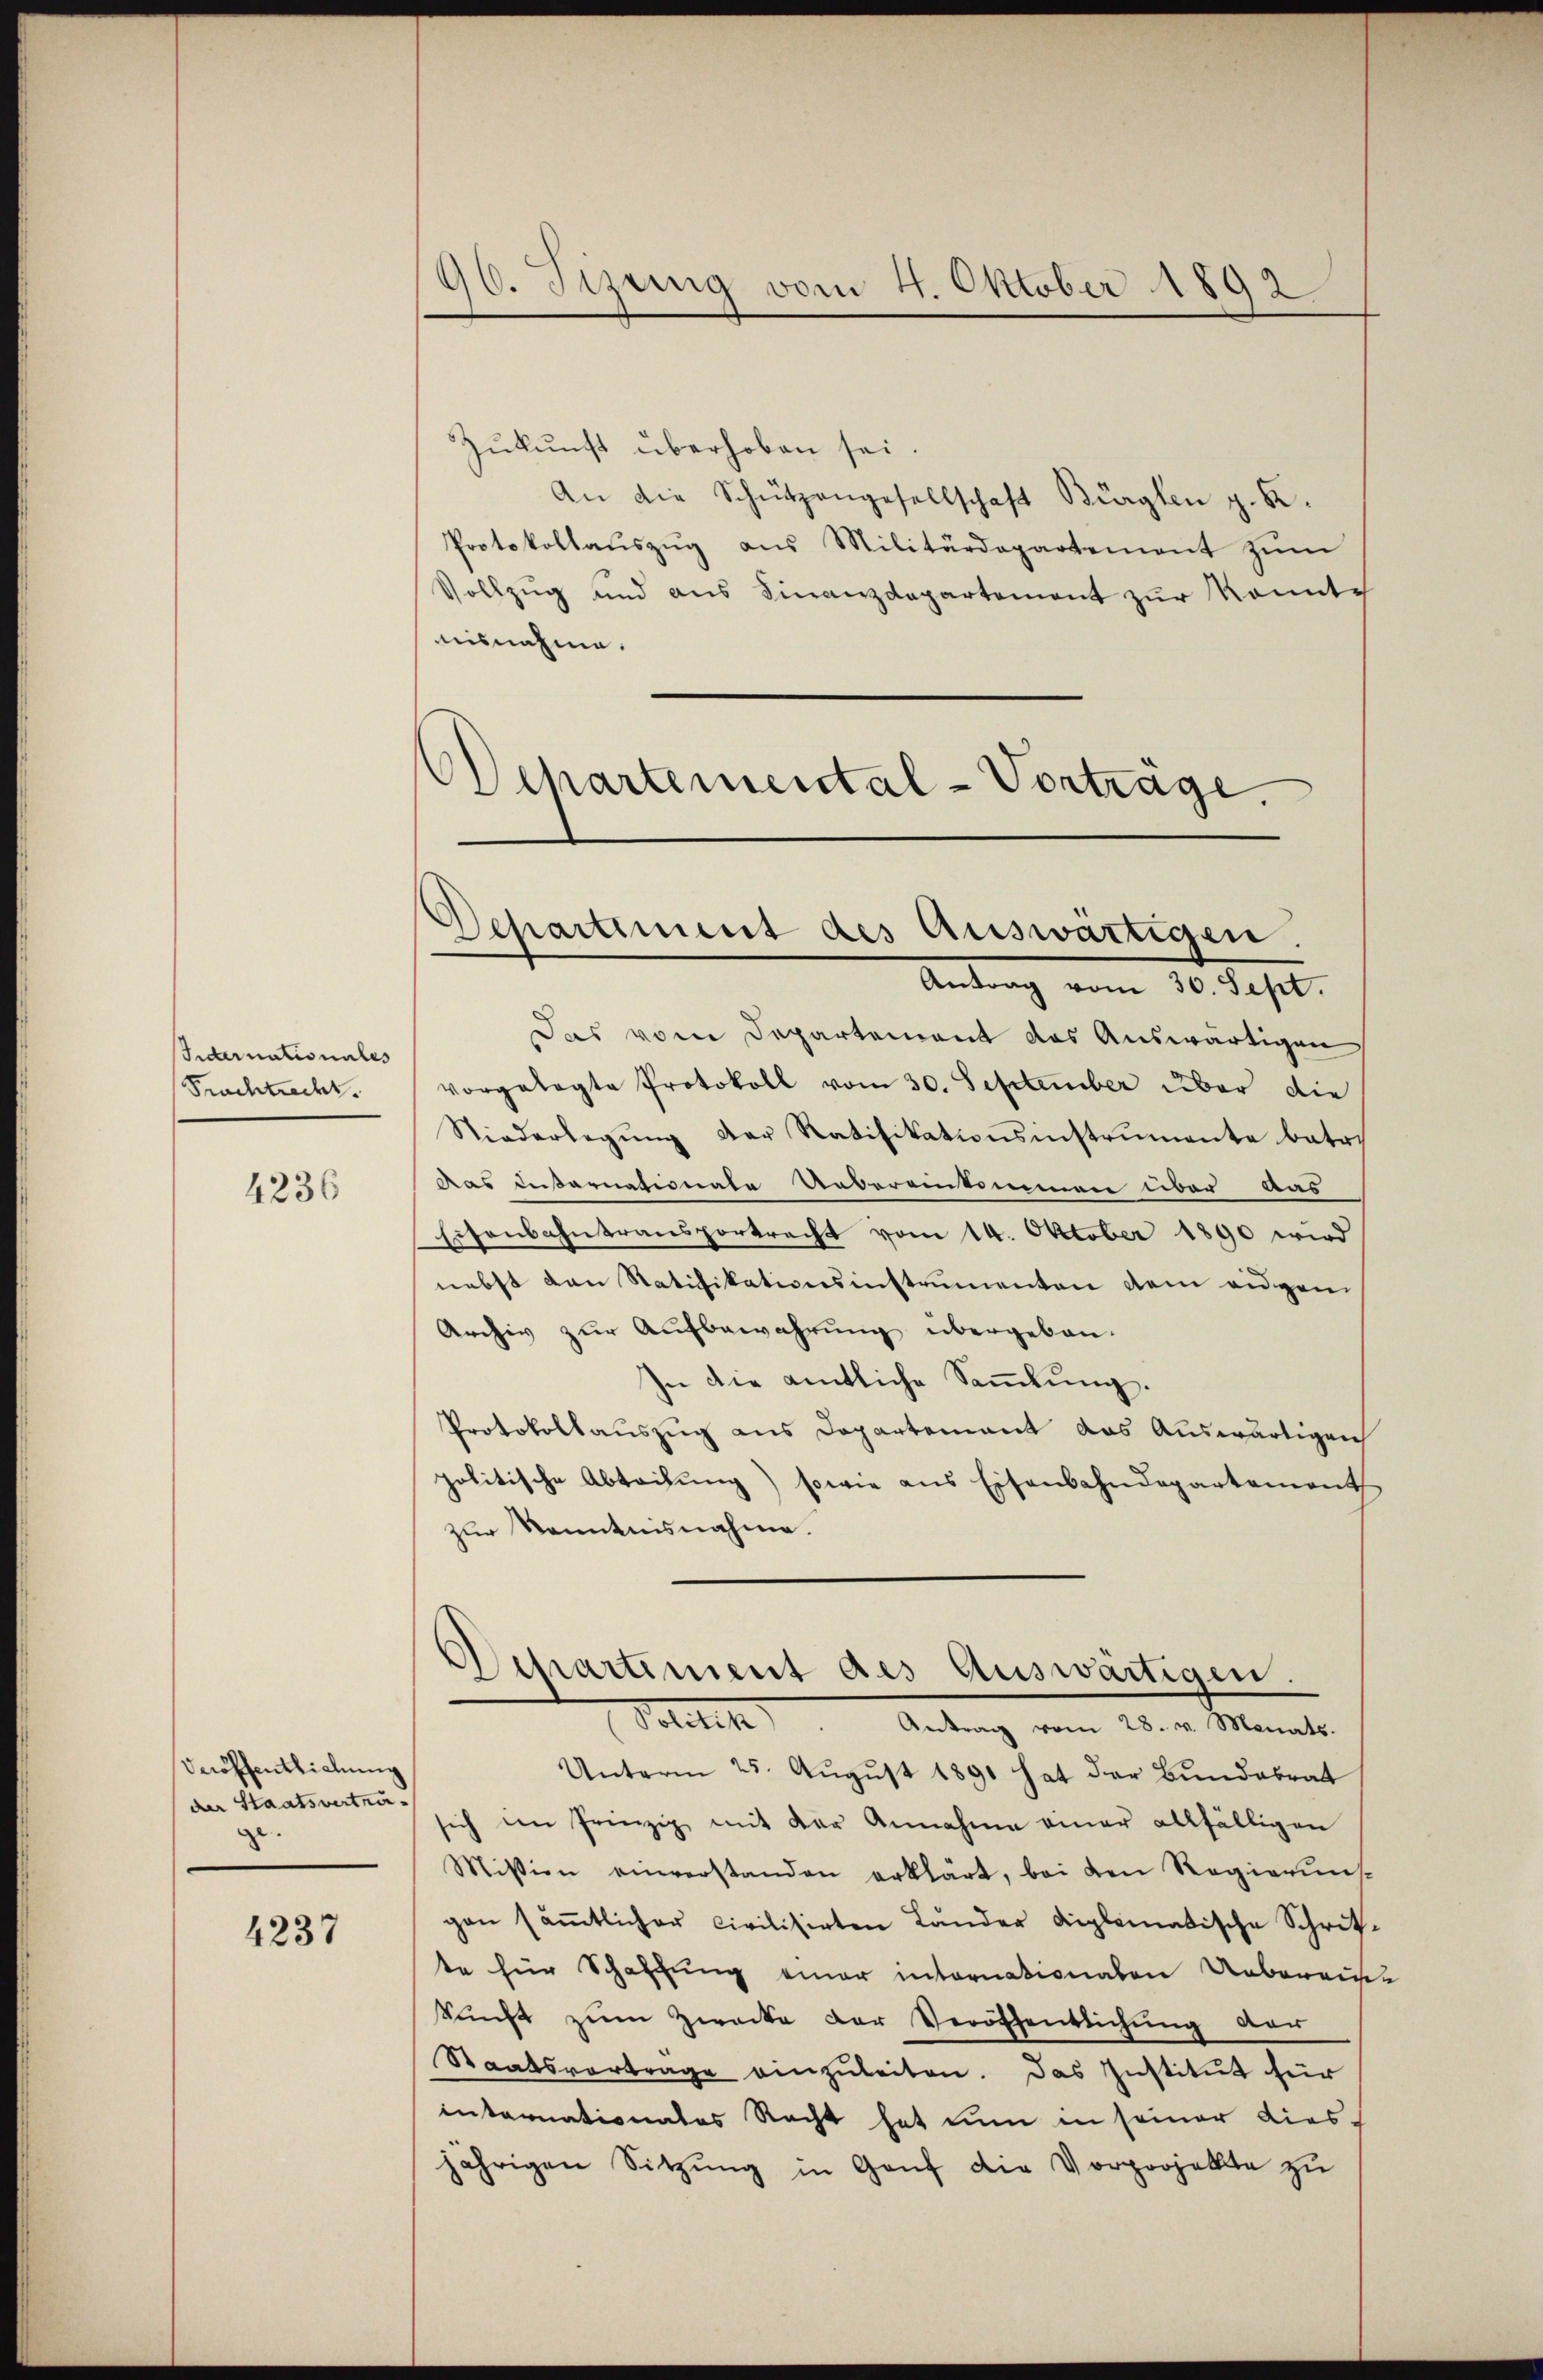
Sidernationales
Frachtredet.

4236

Veröffentlichung
der Staatsverträge

4237

96. Jizung vom 4. Oktober 1892

Zukunft überhoben sei.
An die Schützengesellschaft Bürglen z. B.
Protokollaŭszŭg ans Militärdepartement zŭm
Vollzug und aus Finanzdepartement zur konnte
nisnahme.
Schartemental-Vortrage.

Departement des Auswärtigen.
Antrag vom 30. Sept.

Das vom Departement das Auswärtigen
vorgelegte Protokoll vom 30. September über die
Niederlegŭng der Ratifikationsinstrumente betr.
das Diarnationate Uebereinkommen über Aus
Eisenbahntransportrecht vom 14. Oktober 1890 wird
nebst den Ratifikationsinstrumenten dem eidgen
Archiv zur Aufbewahrung übergeben.
In die amtliche Saṁlŭng.
Protokollauszug aus Departement das Auswärtigen
politische Abteilung) sowie aus Eisenbahndepartement
zur Kenntnisnahme.
Departement des Auswärtigen.
Politik
Antrag vom 28. v. Monats.
Unterm 25. August 1891 hat der Bundesrat
sich im Prinzip mit der Annahme einer allfälligen
Mission einverstanden erklärt, bei den Regieruns
gan säṁtlicher civilisirten Länder diplomatische Schritte für Schaffung einer intornationalen Uebereinkunft zum Zwecke der Veröffentlichung den
Staatsvertrage einzuleiten. Das Institut für
internationales Recht hat nun in seiner Kiesjährigen Sitzŭng in Genf die Vorprojekte zŭ